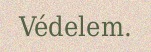
Védelem.